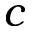
c